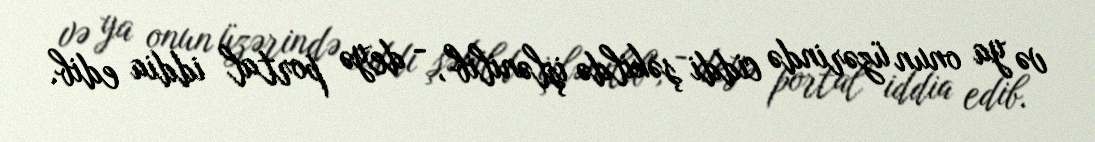
və ya onun üzərində ciddi şəkildə işlənilib", - deyə portal iddia edib.